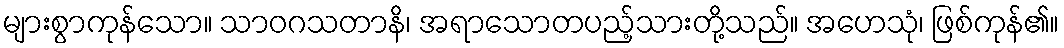
များစွာကုန်သော။ သာဝဂသတာနိ၊ အရာသောတပည့်သားတို့သည်။ အဟေသုံ၊ ဖြစ်ကုန်၏။